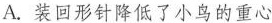
A.装回形针降低了小鸟的重心